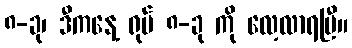
၈-ခု၊ ဒီကနေ့ ရုပ် ၈-ခု ကို လေ့လာရပြီ။